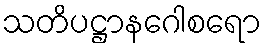
သတိပဋ္ဌာနဂေါစရော